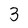
Character: 3